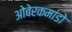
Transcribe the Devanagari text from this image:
ओबेरकमांडो